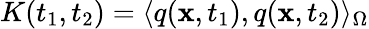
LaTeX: K(t_{1},t_{2})=\langle q(\mathbf{x},t_{1}),q(\mathbf{x},t_{2})\rangle_{\Omega}